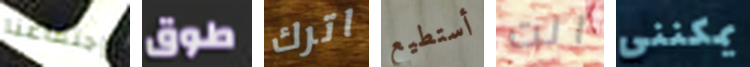
إجتماعنا طوق اترك أستطيع انت يمكنني